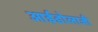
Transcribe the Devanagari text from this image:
आईडोलाजी